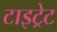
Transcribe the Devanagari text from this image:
टाइट्रेट